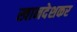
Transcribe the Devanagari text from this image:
खानदेशकर